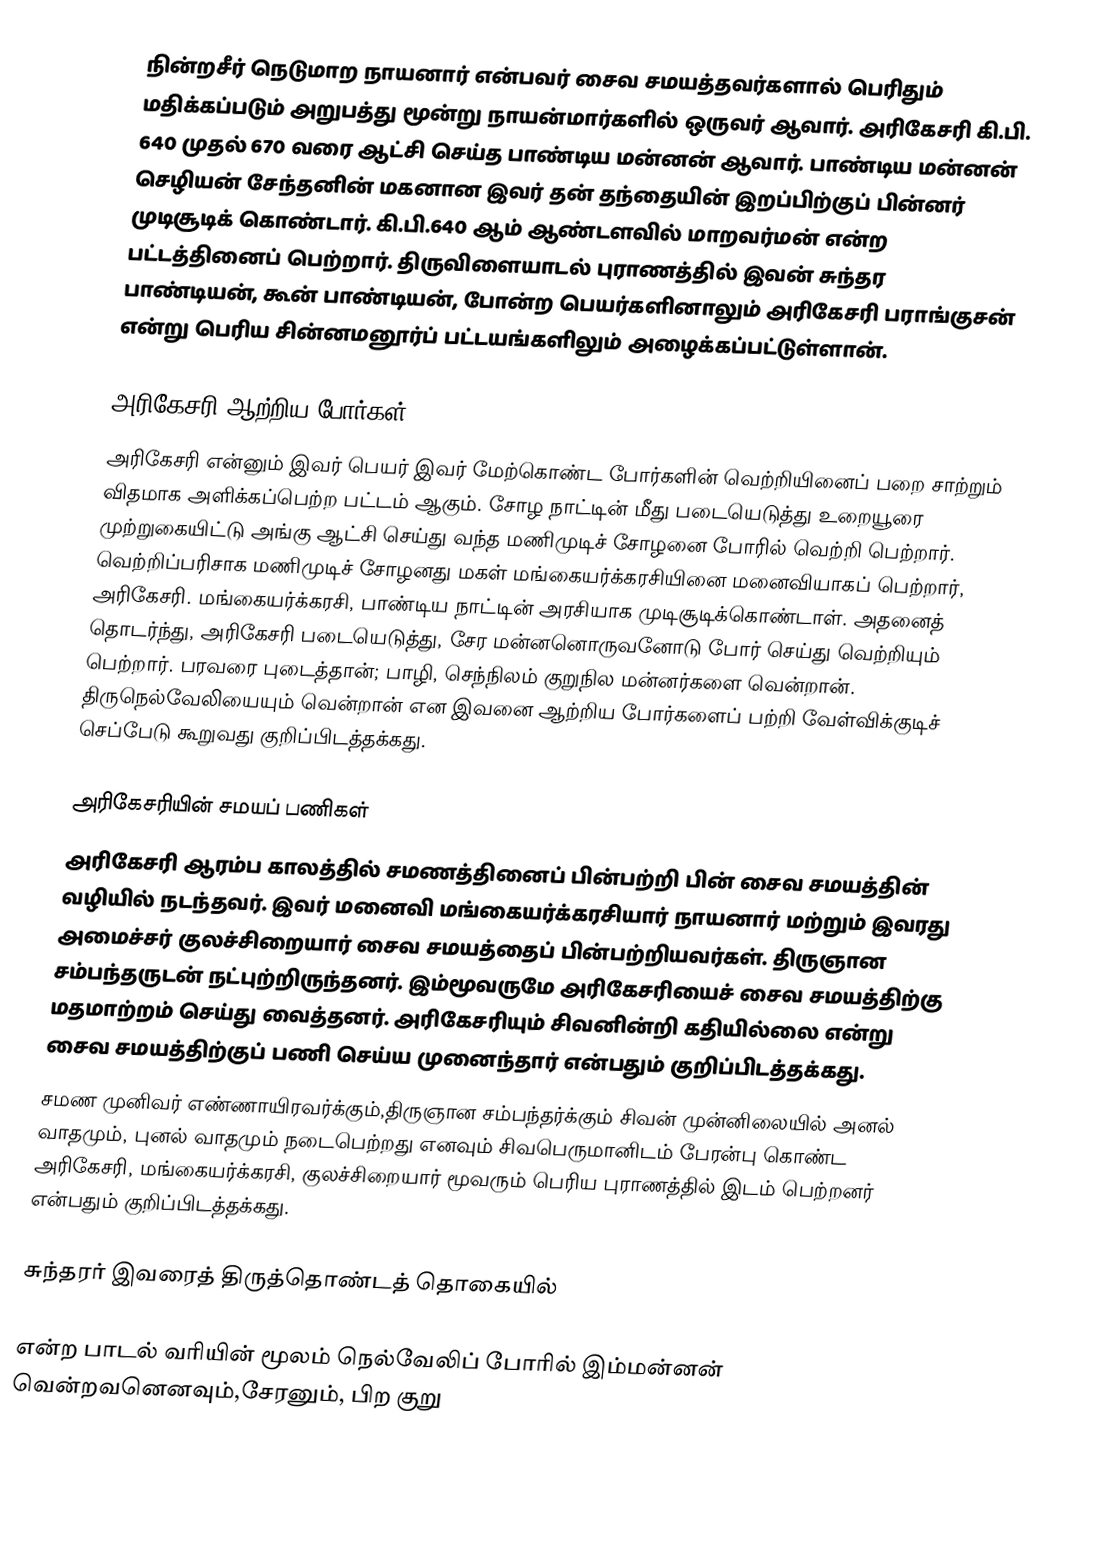
நின்றசீர் நெடுமாற நாயனார் என்பவர் சைவ சமயத்தவர்களால் பெரிதும் மதிக்கப்படும் அறுபத்து மூன்று நாயன்மார்களில் ஒருவர் ஆவார். அரிகேசரி கி.பி. 640  முதல் 670 வரை ஆட்சி செய்த பாண்டிய மன்னன் ஆவார். பாண்டிய மன்னன் செழியன் சேந்தனின் மகனான இவர் தன் தந்தையின் இறப்பிற்குப் பின்னர் முடிசூடிக் கொண்டார். கி.பி.640 ஆம் ஆண்டளவில் மாறவர்மன் என்ற பட்டத்தினைப் பெற்றார். திருவிளையாடல் புராணத்தில் இவன் சுந்தர பாண்டியன், கூன் பாண்டியன், போன்ற பெயர்களினாலும் அரிகேசரி பராங்குசன் என்று பெரிய சின்னமனூர்ப் பட்டயங்களிலும் அழைக்கப்பட்டுள்ளான்.

அரிகேசரி ஆற்றிய போர்கள்
அரிகேசரி என்னும் இவர் பெயர் இவர் மேற்கொண்ட போர்களின் வெற்றியினைப் பறை சாற்றும் விதமாக அளிக்கப்பெற்ற பட்டம் ஆகும். சோழ நாட்டின் மீது படையெடுத்து உறையூரை முற்றுகையிட்டு அங்கு ஆட்சி செய்து வந்த மணிமுடிச் சோழனை போரில் வெற்றி பெற்றார். வெற்றிப்பரிசாக மணிமுடிச் சோழனது மகள் மங்கையர்க்கரசியினை மனைவியாகப் பெற்றார், அரிகேசரி. மங்கையர்க்கரசி, பாண்டிய நாட்டின் அரசியாக முடிசூடிக்கொண்டாள். அதனைத் தொடர்ந்து, அரிகேசரி படையெடுத்து, சேர மன்னனொருவனோடு போர் செய்து வெற்றியும் பெற்றார். பரவரை புடைத்தான்; பாழி, செந்நிலம் குறுநில மன்னர்களை வென்றான். திருநெல்வேலியையும் வென்றான் என இவனை ஆற்றிய போர்களைப் பற்றி வேள்விக்குடிச் செப்பேடு கூறுவது குறிப்பிடத்தக்கது.

அரிகேசரியின் சமயப் பணிகள்
அரிகேசரி ஆரம்ப காலத்தில் சமணத்தினைப் பின்பற்றி பின் சைவ சமயத்தின் வழியில் நடந்தவர். இவர் மனைவி மங்கையர்க்கரசியார் நாயனார் மற்றும் இவரது அமைச்சர் குலச்சிறையார் சைவ சமயத்தைப் பின்பற்றியவர்கள். திருஞான சம்பந்தருடன் நட்புற்றிருந்தனர். இம்மூவருமே அரிகேசரியைச் சைவ சமயத்திற்கு மதமாற்றம் செய்து வைத்தனர். அரிகேசரியும் சிவனின்றி கதியில்லை என்று சைவ சமயத்திற்குப் பணி செய்ய முனைந்தார் என்பதும் குறிப்பிடத்தக்கது.
சமண முனிவர் எண்ணாயிரவர்க்கும்,திருஞான சம்பந்தர்க்கும் சிவன் முன்னிலையில் அனல் வாதமும், புனல் வாதமும் நடைபெற்றது எனவும் சிவபெருமானிடம் பேரன்பு கொண்ட அரிகேசரி, மங்கையர்க்கரசி, குலச்சிறையார் மூவரும் பெரிய புராணத்தில் இடம் பெற்றனர் என்பதும் குறிப்பிடத்தக்கது.

சுந்தரர் இவரைத் திருத்தொண்டத் தொகையில்

என்ற பாடல் வரியின் மூலம் நெல்வேலிப் போரில் இம்மன்னன் வென்றவனெனவும்,சேரனும், பிற குறு